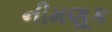
નીમણૂક